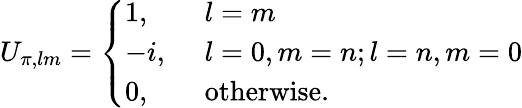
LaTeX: U_{\pi,lm}=\left\{ \begin{array}{ll}{1,\ }&{l=m}\\ {-i,\ }&{l=0,m=n;l=n,m=0}\\ {0,\ }&{\mathrm{otherwise}.}\end{array}\right.